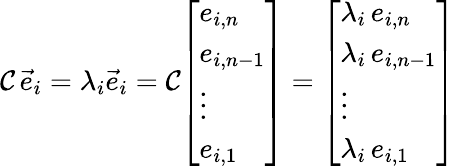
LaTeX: \mathcal{C}\, {\vec{{e}}}_{i}=\lambda_{i}{\vec{{e}}}_{i}=\mathcal{C}{\left[\begin{array}{l}{e_{i,n}}\\ {e_{i,n-1}}\\ {\vdots}\\ {e_{i,1}}\end{array}\right]}={\left[\begin{array}{l}{\lambda_{i}\, e_{i,n}}\\ {\lambda_{i}\, e_{i,n-1}}\\ {\vdots}\\ {\lambda_{i}\, e_{i,1}}\end{array}\right]}